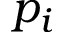
p _ { i }